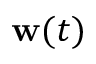
\mathbf { w } ( t )